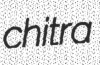
chitra